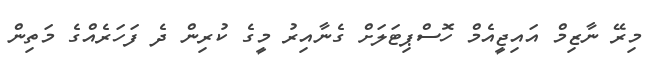
މިރޭ ނާޒިމް އައިޖީއެމް ހޮސްޕިޓަލަށް ގެނާއިރު މީގެ ކުރިން ދެ ފަހަރެއްގެ މަތިން